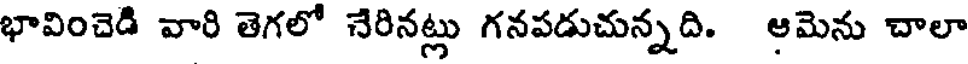
భావించెడి వారి తెగలో చేరినట్లు గనపడుచున్నది. ఆమెను చాలా